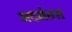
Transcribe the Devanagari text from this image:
अदमेतस